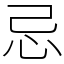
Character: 忌